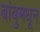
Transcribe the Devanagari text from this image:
बांबुमधून